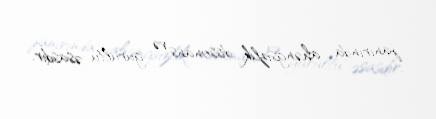
janırında ahəngsizlik, dissonans və gurultu əsasdır.